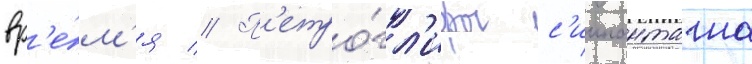
вр'е́м'я // П'етро́гл'ифы с'иипанташа